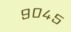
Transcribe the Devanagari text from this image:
९०४५